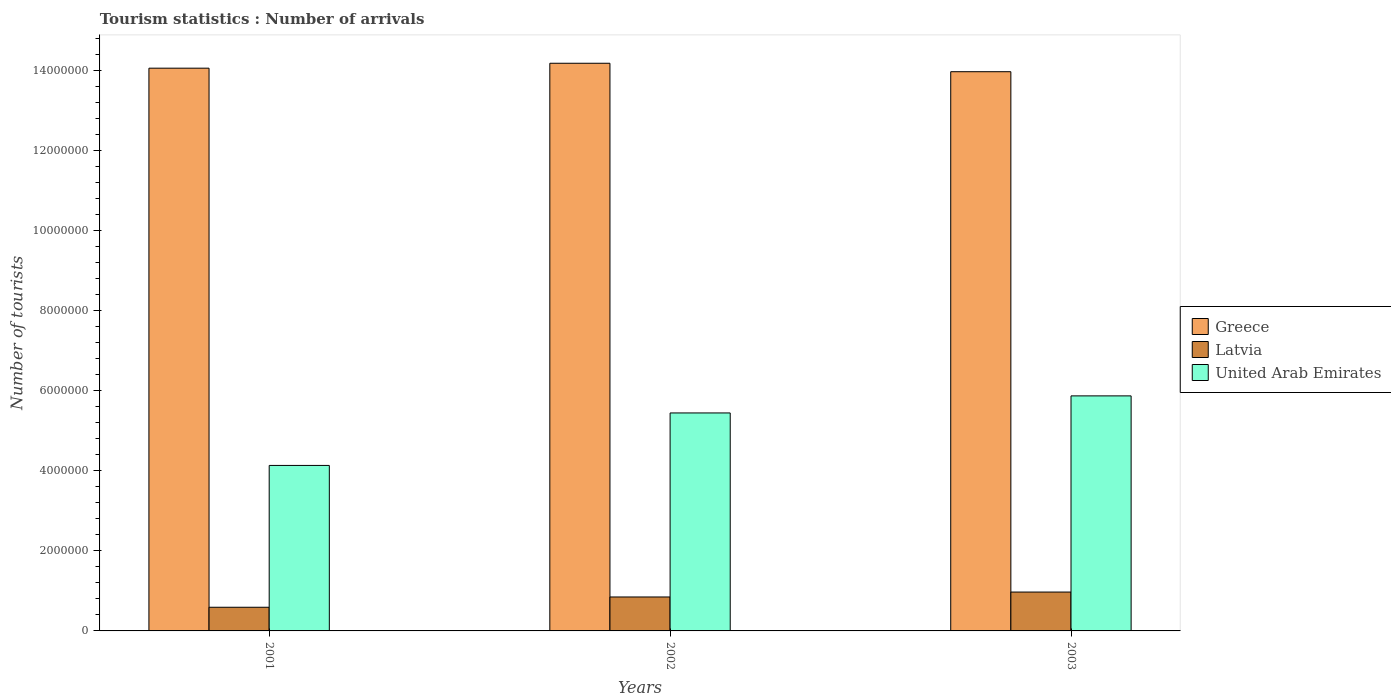
| Years | Greece | Latvia | United Arab Emirates |
 | --- | --- | --- | --- |
 | 2001 | 1.41e+07 | 5.91e+05 | 4.13e+06 |
 | 2002 | 1.42e+07 | 8.48e+05 | 5.44e+06 |
 | 2003 | 1.4e+07 | 9.71e+05 | 5.87e+06 |